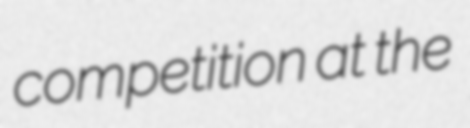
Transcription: competition at the